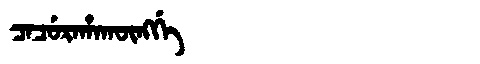
Manchu: ᠴᠠᠴᡠᡵᠠᡥᠠᡴᡡᠩᡤᡝ
Romanization: CACURAHAKŪNGGE